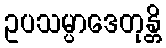
ဥပသမ္ပာဒေတုန္တိ